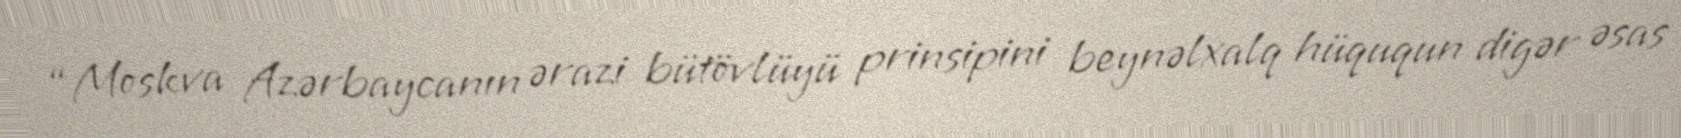
“Moskva Azərbaycanın ərazi bütövlüyü prinsipini beynəlxalq hüququn digər əsas